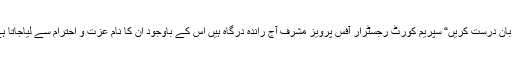
”زبان درست کریں“ سپریم کورٹ رجسٹرار آفس پرویز مشرف آج راندہ درگاہ ہیں اس کے باوجود ان کا نام عزت و احترام سے لیاجاتا ہے۔